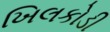
ખિલકોડી